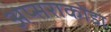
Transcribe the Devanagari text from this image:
अप्सराकोंडा